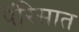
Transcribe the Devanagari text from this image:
पॅरिसात